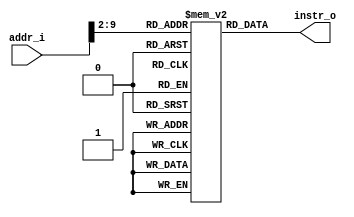
module Instruction_Memory(
    addr_i, 
    instr_o
);

// Interface
input   [31:0]      addr_i;
output  [31:0]      instr_o;

// Instruction memory
reg     [31:0]     memory  [0:255]; // Declaration of 256 32-bit registers

assign  instr_o = memory[addr_i>>2];  

endmodule